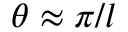
\theta \approx \pi / l